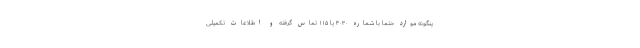
ینگونه موارد حتما با شماره ۴٠٣٠ یا ١١۵ تماس گرفته و اطلاعات تکمیلی